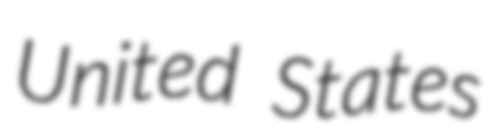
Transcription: United States